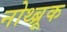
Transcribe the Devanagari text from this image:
नोथ्ब्रूक